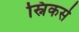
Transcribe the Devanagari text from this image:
स्निकर्स